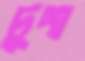
দুঙ্গা